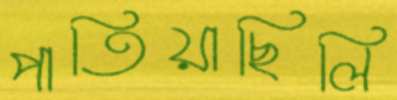
পাতিয়াছিলি